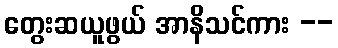
တွေးဆယူဖွယ် အာနိသင်ကား --